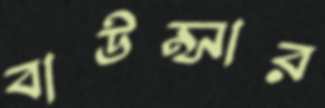
বাউন্সার